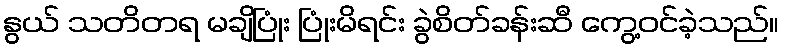
နွယ် သတိတရ မချိပြုံး ပြုံးမိရင်း ခွဲစိတ်ခန်းဆီ ကွေ့ဝင်ခဲ့သည်။